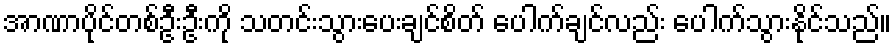
အာဏာပိုင်တစ်ဦးဦးကို သတင်းသွားပေးချင်စိတ် ပေါက်ချင်လည်း ပေါက်သွားနိုင်သည်။